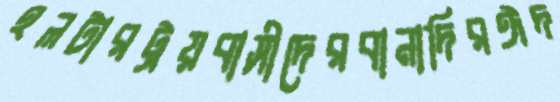
হলটারট্রয়বাসীদেরবানাদিরঈদ